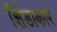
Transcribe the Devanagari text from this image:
शिंडाकार